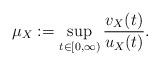
LaTeX: \begin{align*} \mu_X := \sup_{t\in [0,\infty)} \frac{v_X(t)}{u_X(t)}.\end{align*}